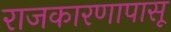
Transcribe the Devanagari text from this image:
राजकारणापासू